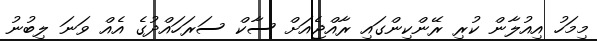
މިމަހު އިއުލާން ކުރި ރޭންކިންގައި ރާއްޖެއަށް ސާކް ސަރަހައްދުގެ އެއް ވަނަ ލިބުނު